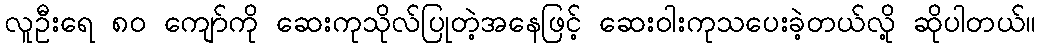
လူဦးရေ ၈၀ ကျော်ကို ဆေးကုသိုလ်ပြုတဲ့အနေဖြင့် ဆေးဝါးကုသပေးခဲ့တယ်လို့ ဆိုပါတယ်။